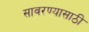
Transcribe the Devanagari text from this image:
सावरण्यासाठी